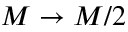
M \rightarrow M / 2